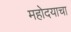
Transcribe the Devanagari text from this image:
महोदयाचा